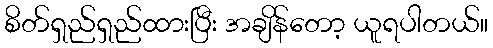
စိတ်ရှည်ရှည်ထားပြီး အချိန်တော့ ယူရပါတယ်။